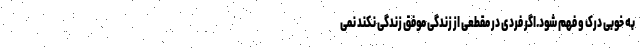
به خوبی درک و فهم شود.اگر فردی در مقطعی از زندگی موفق زندگی نکند نمی